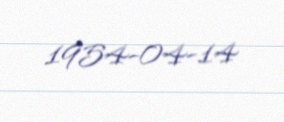
1954-04-14